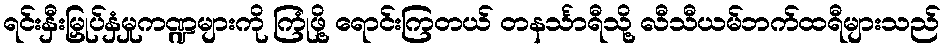
ရင်းနှီးမြှုပ်နှံမှုကဏ္ဍများကို ကြုံဖို့ ရောင်းကြတယ် တနင်္သာရီသို့ လီသီယမ်ဘက်ထရီများသည်